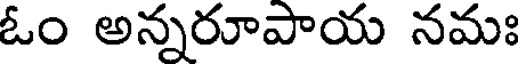
ఓం అన్నరూపాయ నమః